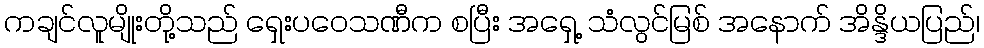
ကချင်လူမျိုးတို့သည် ရှေးပဝေသဏီက စပြီး အရှေ့ သံလွင်မြစ် အနောက် အိန္ဒိယပြည်၊